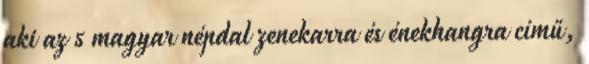
aki az 5 magyar népdal zenekarra és énekhangra című,